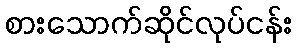
စားသောက်ဆိုင်လုပ်ငန်း